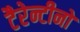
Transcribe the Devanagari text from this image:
टैरेन्टीनो